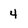
Character: 4